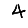
Digit: 4